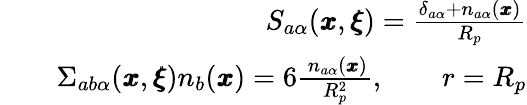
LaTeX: \begin{array}{rlr}&{}&{{S_{a\alpha}({\pmb x},{\pmb\xi})}=\frac{\delta_{a\alpha}+n_{a\alpha}({\pmb x})}{R_{p}}}\\ &{}&{\Sigma_{ab\alpha}({\pmb x},{\pmb\xi})n_{b}({\pmb x})=6\frac{\, n_{a\alpha}({\pmb x})}{R_{p}^{2}},\qquad r=R_{p}}\end{array}